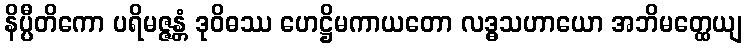
နိပ္ပီတိကော ပရိမဇ္ဇန္တံ ဒုဝိဓဿ ဟေဋ္ဌိမကာယတော လဒ္ဓသဟာယော အဘိမတ္ထေယျ